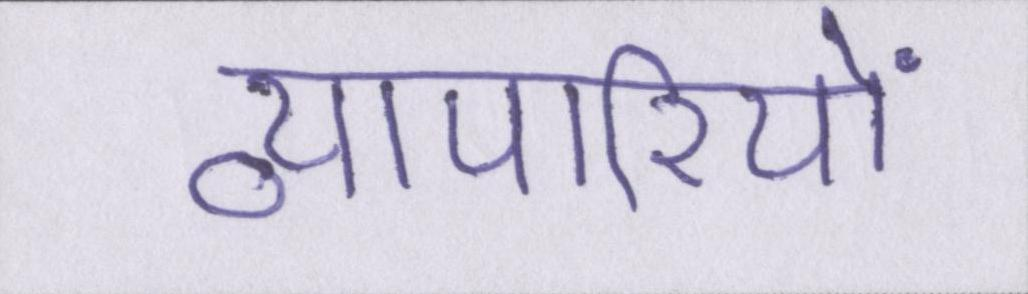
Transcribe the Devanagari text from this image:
व्यापारियों